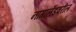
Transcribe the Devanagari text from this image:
नागालँडवरील